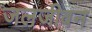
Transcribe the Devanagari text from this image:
जलजीवन